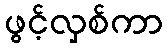
ဖွင့်လှစ်ကာ